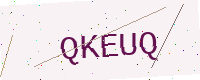
Text: QKEUQ